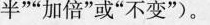
半””加倍”或”不变”)。